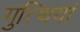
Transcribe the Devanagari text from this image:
गुत्थियां